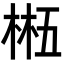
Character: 𬃂